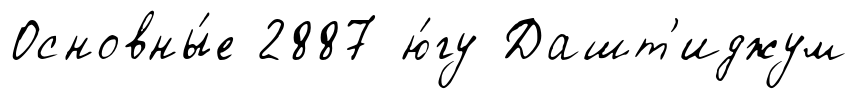
Основны́е 2887 ю́гу Дашт'иджум